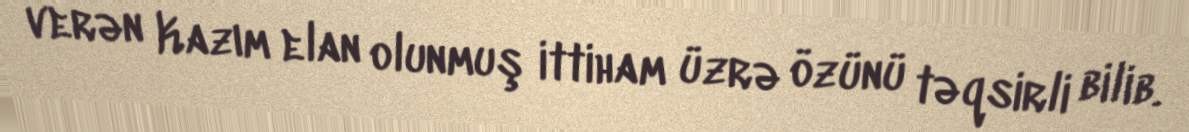
verən Kazım elan olunmuş ittiham üzrə özünü təqsirli bilib.